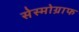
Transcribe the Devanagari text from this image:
सेस्मोग्राफ